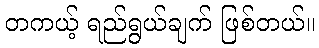
တကယ့် ရည်ရွယ်ချက် ဖြစ်တယ်။